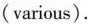
(various).